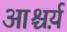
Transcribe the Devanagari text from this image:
आश्चर्य़